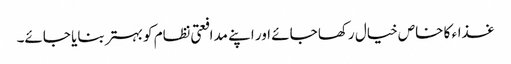
غذاء کا خاص خیال رکھا جائے اور اپنے مدافعتی نظام کو بہتر بنایا جائے۔